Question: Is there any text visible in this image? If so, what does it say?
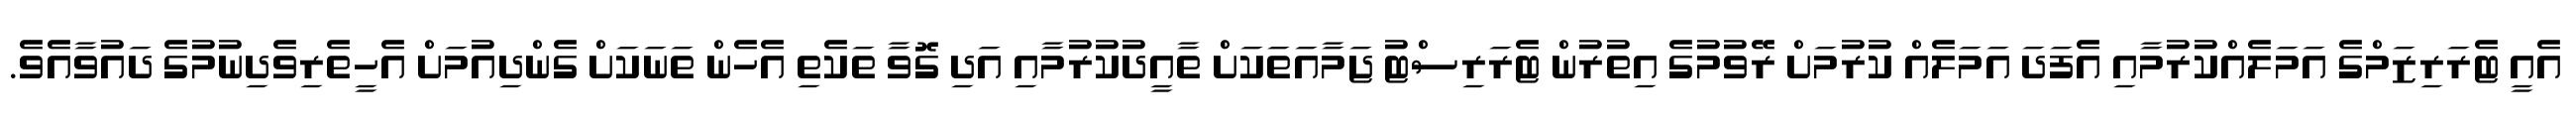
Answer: އެއީ ޓެރަރިޒަމްގެ އަމަލެއްކުރުމާއި އެފަދަ އަމަލެއް ކުރުމަށް ރޭވުމުގެ އިތުރުން ޓެރަރިސްޓު ޖަމާއަތަކަށް ތާއީދުކުރުމާއި އަދި ގޮވާ ތަކެތި އެހެން ތަނަކަށް ގެންދިއުމަށް އެހީތެރިވެދިނުމުގެ ދައުވާއެވެ.